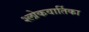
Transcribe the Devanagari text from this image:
श्लोकवार्तिका